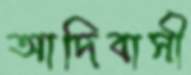
আদিবাসী